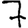
Digit: 7